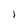
Character: l